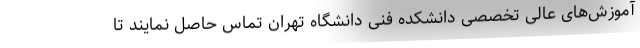
آموزش‌های عالی تخصصی دانشکده فنی دانشگاه تهران تماس حاصل نمایند تا